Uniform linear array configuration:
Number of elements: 64
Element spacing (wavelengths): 0.75
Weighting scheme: uniform
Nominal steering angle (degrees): -45
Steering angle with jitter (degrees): -44.764
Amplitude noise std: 0.05
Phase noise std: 0.05

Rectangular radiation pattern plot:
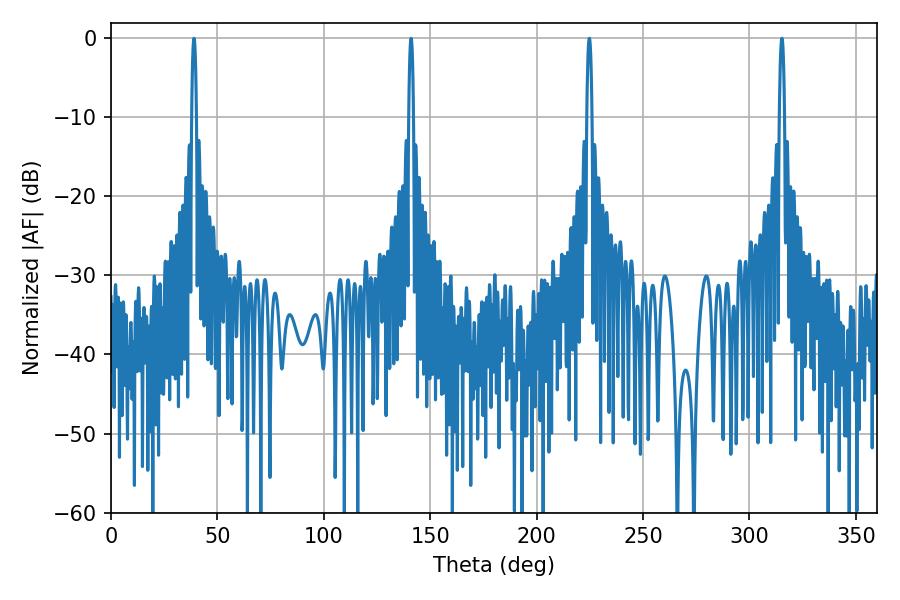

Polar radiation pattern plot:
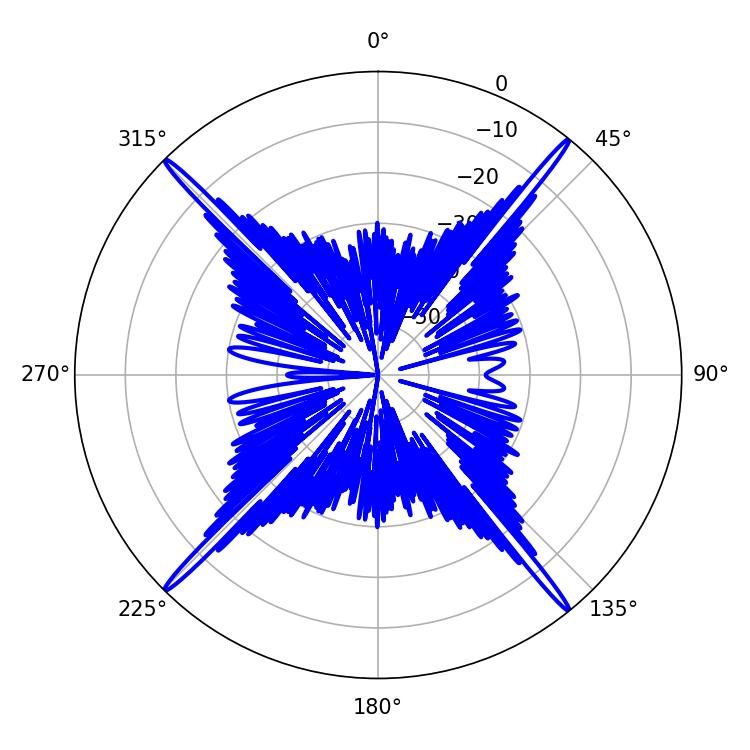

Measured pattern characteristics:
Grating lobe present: TRUE
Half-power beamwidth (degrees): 1.26
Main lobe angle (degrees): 315.18